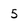
Character: 5